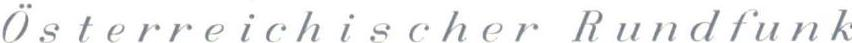
Osterreichischer Rundfunk